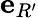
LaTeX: {\mathbf e}_{R^{\prime}}